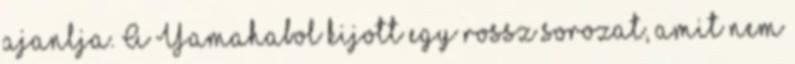
ajanlja. A Yamahabol kijott egy rossz sorozat, amit nem